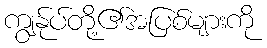
ကျွန်ုပ်တို့၏အပြစ်များကို